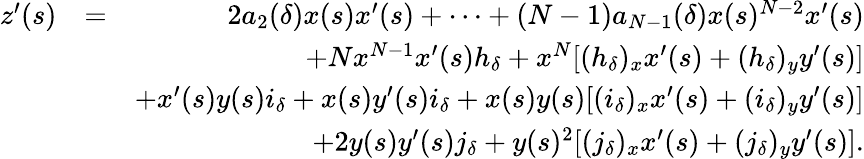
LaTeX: \begin{array}{rlr}{z^{\prime}(s)}&{=}&{2a_{2}(\delta)x(s)x^{\prime}(s)+\cdots+(N-1)a_{N-1}(\delta)x(s)^{N-2}x^{\prime}(s)}\\ &{}&{+Nx^{N-1}x^{\prime}(s)h_{\delta}+x^{N}[(h_{\delta})_{x}x^{\prime}(s)+(h_{\delta})_{y}y^{\prime}(s)]}\\ &{}&{+x^{\prime}(s)y(s)i_{\delta}+x(s)y^{\prime}(s)i_{\delta}+x(s)y(s)[(i_{\delta})_{x}x^{\prime}(s)+(i_{\delta})_{y}y^{\prime}(s)]}\\ &{}&{+2y(s)y^{\prime}(s)j_{\delta}+y(s)^{2}[(j_{\delta})_{x}x^{\prime}(s)+(j_{\delta})_{y}y^{\prime}(s)].}\end{array}